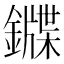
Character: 䥡